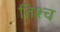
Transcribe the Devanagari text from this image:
तिश्च